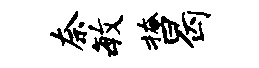
奈毓掩曷